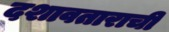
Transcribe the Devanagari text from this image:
दशावताराची